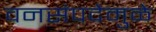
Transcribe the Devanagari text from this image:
वनसंपदेमुळे